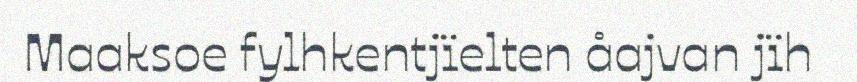
Maaksoe fylhkentjïelten åajvan jïh